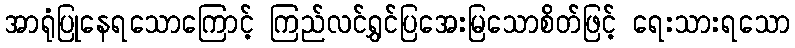
အာရုံပြုနေရသောကြောင့် ကြည်လင်ရွှင်ပြအေးမြသောစိတ်ဖြင့် ရေးသားရသော